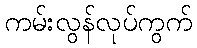
ကမ်းလွန်လုပ်ကွက်